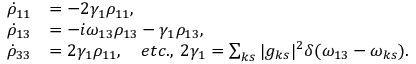
\begin{array} { r l } { \dot { \rho } _ { 1 1 } } & { = - 2 \gamma _ { 1 } \rho _ { 1 1 } , } \\ { \dot { \rho } _ { 1 3 } } & { = - i \omega _ { 1 3 } \rho _ { 1 3 } - \gamma _ { 1 } \rho _ { 1 3 } , } \\ { \dot { \rho } _ { 3 3 } } & { = 2 \gamma _ { 1 } \rho _ { 1 1 } , \quad e t c . , \: 2 \gamma _ { 1 } = \sum _ { k s } | g _ { k s } | ^ { 2 } \delta ( \omega _ { 1 3 } - \omega _ { k s } ) . } \end{array}